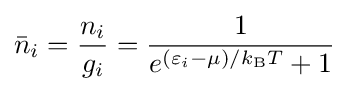
{\bar {n}}_{i}={\frac {n_{i}}{g_{i}}}={\frac {1}{e^{(\varepsilon _{i}-\mu )/k_{\text{B}}T}+1}}